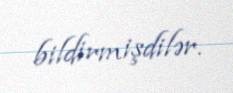
bildirmişdilər.